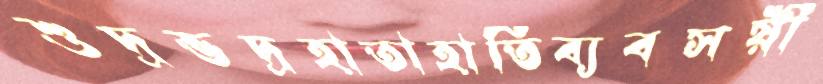
শুদ্রভদ্রহাতাহাতিব্যবসয়ী